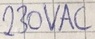
Text: 230VAC